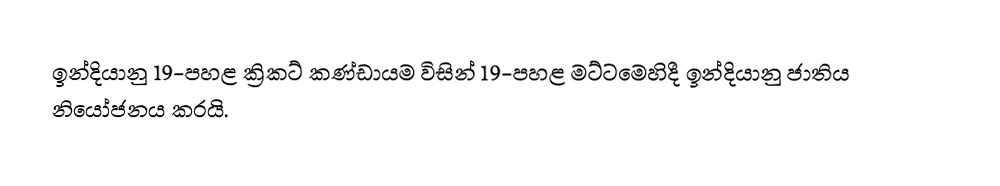
ඉන්දියානු 19-පහළ ක්‍රිකට් කණ්ඩායම විසින් 19-පහළ මට්ටමෙහිදී  ඉන්දියානු ජාතිය නියෝජනය කරයි.